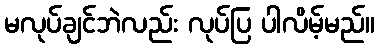
မလုပ်ချင်ဘဲလည်း လုပ်ပြ ပါလိမ့်မည်။